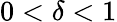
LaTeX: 0<\delta<1